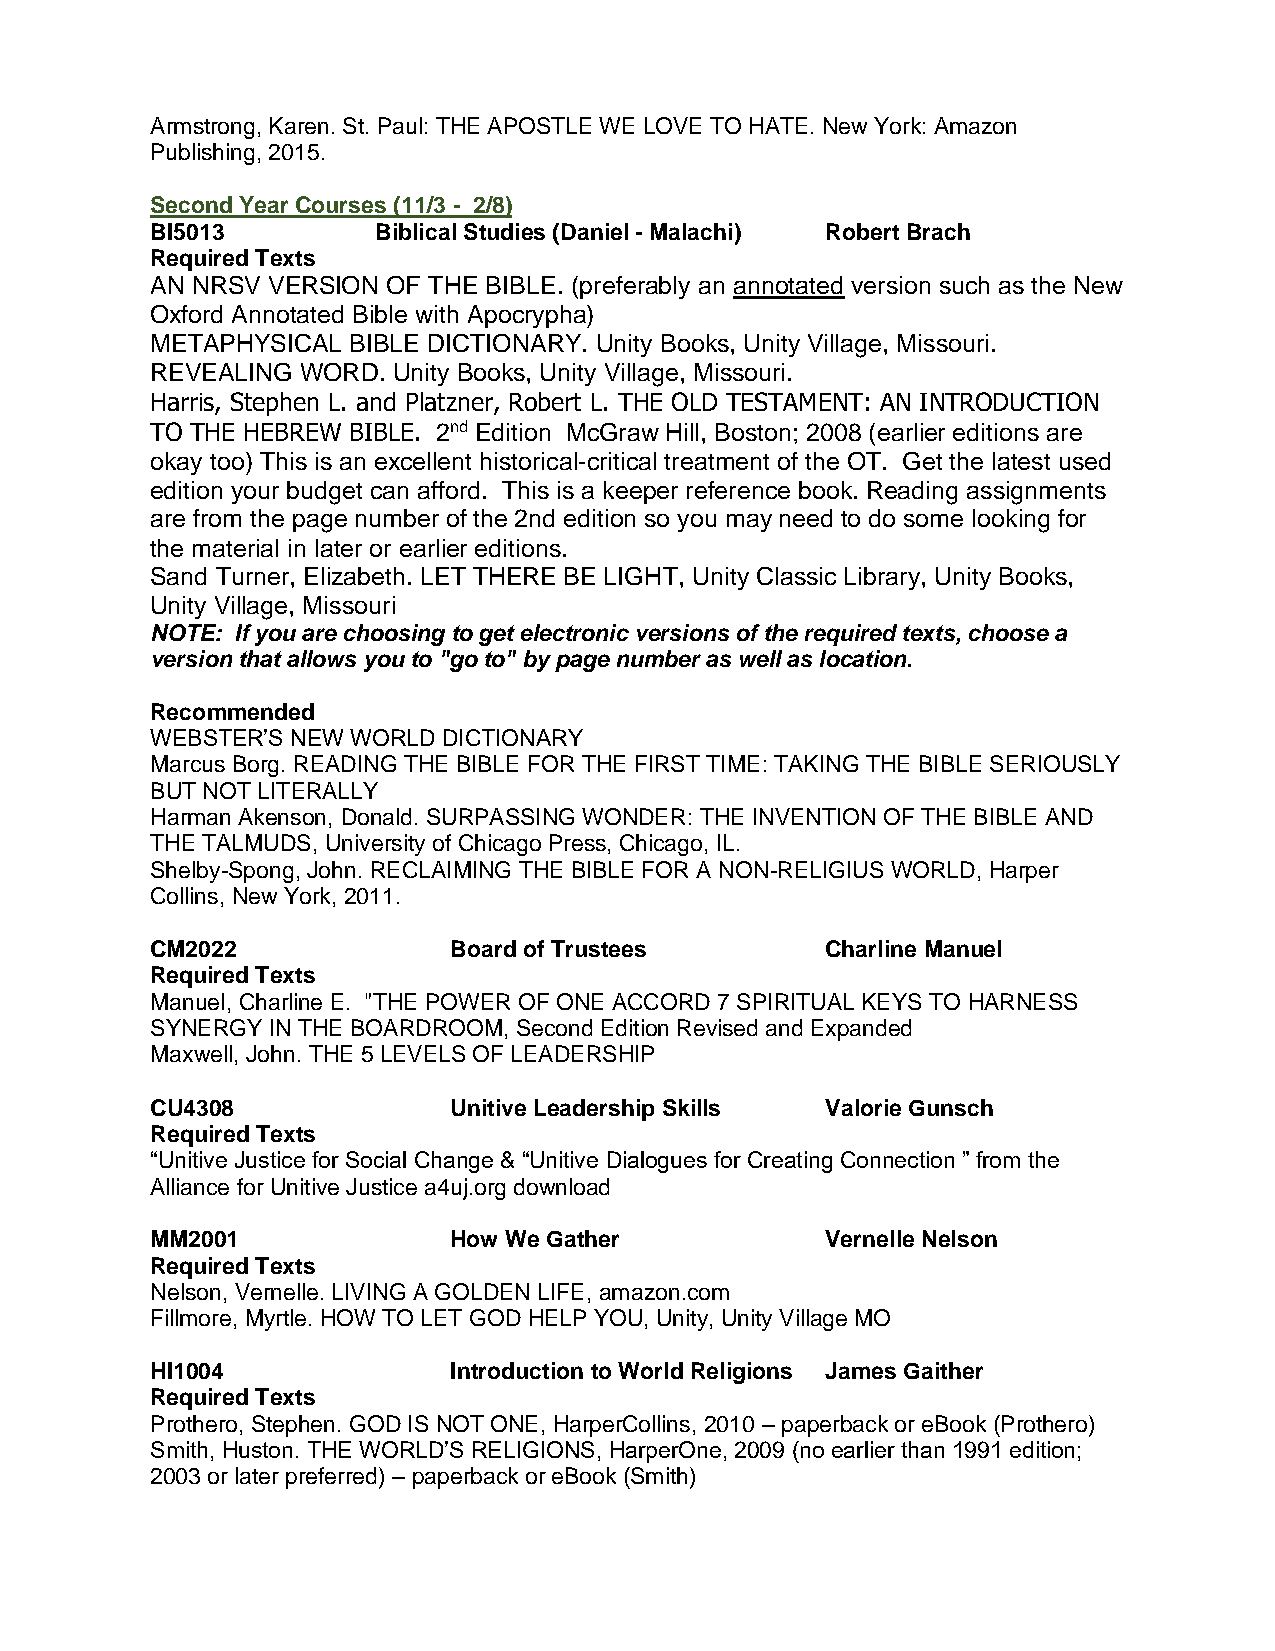
Armstrong, Karen. St. Paul: THE APOSTLE WE LOVE TO HATE. New York: Amazon
 Publishing, 2015.
 Second Year Courses (11/3 - 2/8)
 BI5013         Biblical Studies (Daniel - Malachi) Robert Brach
 Required Texts
 AN NRSV VERSION OF THE BIBLE. (preferably an annotated version such as the New
 Oxford Annotated Bible with Apocrypha)
 METAPHYSICAL BIBLE DICTIONARY. Unity Books, Unity Village, Missouri.
 REVEALING WORD. Unity Books, Unity Village, Missouri.
 Harris, Stephen L. and Platzner, Robert L. THE OLD TESTAMENT: AN INTRODUCTION
 TO THE HEBREW BIBLE. 2nd Edition McGraw Hill, Boston; 2008 (earlier editions are
 okay too) This is an excellent historical-critical treatment of the OT. Get the latest used
 edition your budget can afford. This is a keeper reference book. Reading assignments
 are from the page number of the 2nd edition so you may need to do some looking for
 the material in later or earlier editions.
 Sand Turner, Elizabeth. LET THERE BE LIGHT, Unity Classic Library, Unity Books,
 Unity Village, Missouri
 NOTE: If you are choosing to get electronic versions of the required texts, choose a
 version that allows you to "go to" by page number as well as location.
 Recommended
 WEBSTER’S NEW WORLD DICTIONARY
 Marcus Borg. READING THE BIBLE FOR THE FIRST TIME: TAKING THE BIBLE SERIOUSLY
 BUT NOT LITERALLY
 Harman Akenson, Donald. SURPASSING WONDER: THE INVENTION OF THE BIBLE AND
 THE TALMUDS, University of Chicago Press, Chicago, IL.
 Shelby-Spong, John. RECLAIMING THE BIBLE FOR A NON-RELIGIUS WORLD, Harper
 Collins, New York, 2011.
 CM2022              Board of Trustees        Charline Manuel
 Required Texts
 Manuel, Charline E. "THE POWER OF ONE ACCORD 7 SPIRITUAL KEYS TO HARNESS
 SYNERGY IN THE BOARDROOM, Second Edition Revised and Expanded
 Maxwell, John. THE 5 LEVELS OF LEADERSHIP
 CU4308              Unitive Leadership Skills Valorie Gunsch
 Required Texts
 “Unitive Justice for Social Change & “Unitive Dialogues for Creating Connection ” from the
 Alliance for Unitive Justice a4uj.org download
 MM2001              How We Gather            Vernelle Nelson
 Required Texts
 Nelson, Vernelle. LIVING A GOLDEN LIFE, amazon.com
 Fillmore, Myrtle. HOW TO LET GOD HELP YOU, Unity, Unity Village MO
 HI1004              Introduction to World Religions James Gaither
 Required Texts
 Prothero, Stephen. GOD IS NOT ONE, HarperCollins, 2010 – paperback or eBook (Prothero)
 Smith, Huston. THE WORLD’S RELIGIONS, HarperOne, 2009 (no earlier than 1991 edition;
 2003 or later preferred) – paperback or eBook (Smith)